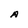
Character: A